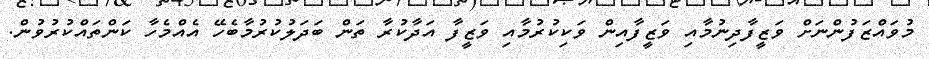
މުވައްޒަފުންނަށް ވަޒީފާދިނުމާއި ވަޒީފާއިން ވަކިކުރުމާއި ވަޒީފާ އަދާކުރާ ތަން ބަދަލުކުރުމާބެހޭ އެއްމެހާ ކަންތައްކުރުވުން.